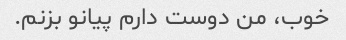
خوب، من دوست دارم پیانو بزنم.